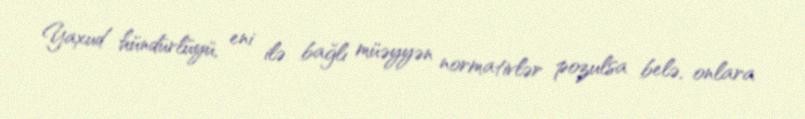
Yaxud hündürlüyü, eni ilə bağlı müəyyən normativlər pozulsa belə, onlara